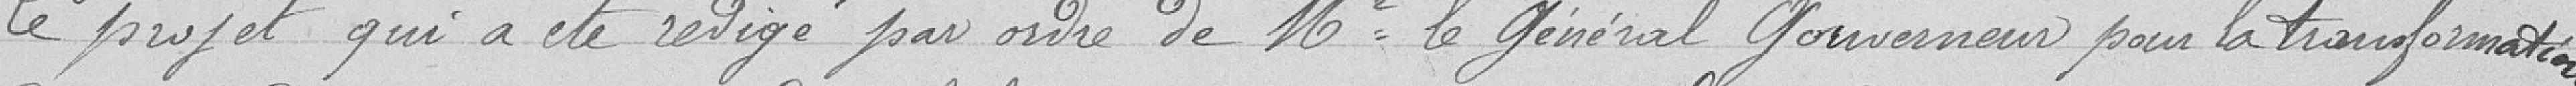
Le projet qui a été rédigé par ordre de monsieur le Général gouverneur pour la transformation